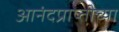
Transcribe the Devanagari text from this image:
आनंदप्राप्तीच्या